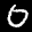
Label: 0